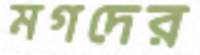
মগদের